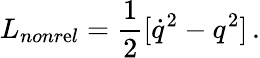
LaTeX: L_{nonr\mathrm{e}l}={\frac{{1}}{{2}}}[\dot{{q}}^{2}-q^{2}]\, .